Vaccination in Bombay 1889-1901 - 1889-1901
Year: 1889
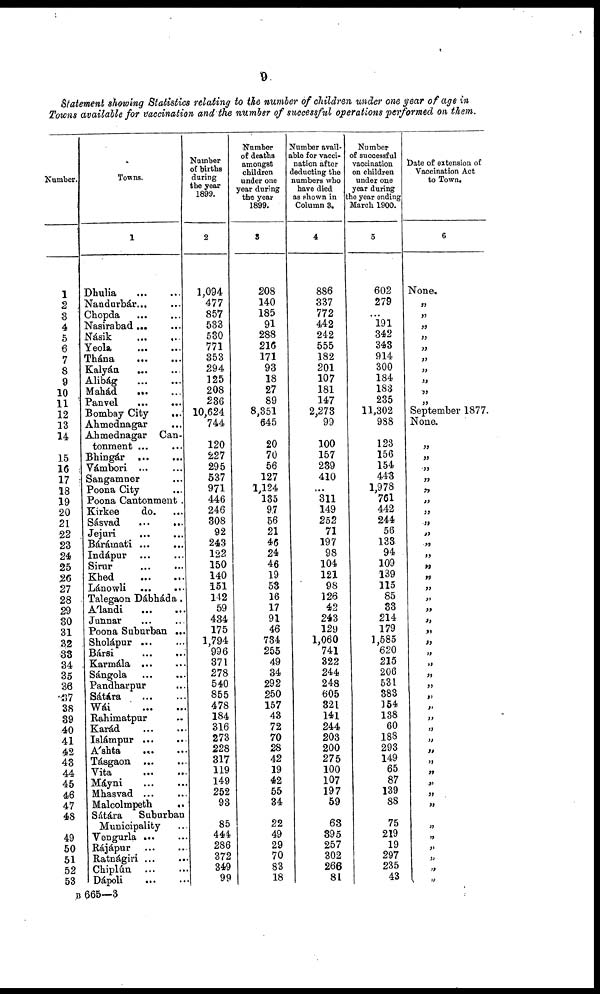
9
Statement showing Statistics relating to the number of children under one year of age in
Towns available for vaccination and the number of successful operations performed on them.
Number.
1
2
3
4
5
6
7
8
9
10
11
12
13
14
15
16
17
18
19
20
21
22
23
24
25
26
27
28
29
30
31
32
33
34
35
36
37
38
39
40
41
42
43
44
45
46
47
48
49
50
51
52
53
Towns.
1
Dhulia
...
...
Nandurbár... ...
Chopda ... ...
Nasirabad ...
Násik
...
...
Yeola ... ...
Thána
...
...
Kalyán ... ...
Alibág ... ...
Mahád ... ...
Panvel
...
...
Bombay City
...
Ahmednagar ...
Ahmednagar Can-
tonment ... ...
Bhingár
...
...
Vámbori ... ...
Sangamner ...
Poona City ...
Poona Cantonment .
Kirkee
do. ...
Sásvad ... ...
Jejuri ... ...
Bárámati ... ...
Indápur ... ...
Sirur ... ...
Khed
...
...
Lánowli ... ...
Talegaon Dábháda .
Álandi
...
...
Junnar ... ...
Poona Suburban ...
Sholápur ... ...
Bársi
...
...
Karmála ... ...
Sángola ... ...
Pandharpur ... ...
Sátára ... ...
Wái
Rahimatpur ...
Karád ...
Islámpur ...
Áshta
...
Tásgaon ... ...
Vita ... ...
Máyni ... ...
Mhasvad ... ...
Malcolmpeth
..
Sátára
Suburban
Municipality ...
Vengurla ... ...
Rájápur
...
Ratnágiri ... ...
Chiplún ... ...
Dápoli ... ...
Number
of births
during
the year
1899.
2
1,094
477
857
533
530
771
353
294
125
208
236
10,624
744
120
227
295
537
971
446
246
308
92
243
122
150
140
151
142
59
434
175
1,794
996
371
278
540
855
478
184
316
273
228
317
119
49
252
93
85
444
286
372
349
99
Number
of deaths
amongst
children
under one
year during
the year
1899.
3
208
140
185
91
288
216
171
93
18
27
89
8,351
545
20
70
56
127
1,124
135
97
56
21
46
24
46
19
53
16
17
91
46
734
255
49
34
292
250
157
43
72
70
28
42
19
42
55
34
22
49
29
70
83
18
Number avail-
able for vacci-
nation after
deducting the
numbers who
have died
as shown in
Column 3.
4
886
337
772
442
242
555
182
201
107
181
147
2,273
99
100
157
239
410
...
311
149
252
71
197
98
104
121
98
126
42
243
129
1,060
741
322
244
248
605
327
141
244
203
200
275
100
107
197
59
63
395
257
302
266
81
Number
of successful
vaccination
on children
under one
year during
the year ending
March 1900.
5
602
279
...
191
342
343
914
300
184
183
235
11,302
988
123
156
154
443
1,978
761
442
244
56
133
94
109
139
115
85
33
214
179
1,585
620
215
206
531
383
154
138
60
188
293
149
65
87
139
88
75
219
19
297
235
43
Date of extension of
Vaccination Act
to Town.
6
None.
„
„
„
„
„
„
„
„
„
„
September 1877.
None
„
„
„
„
„
„
„
„
„
„
„
„
„
„
„
„
„
„
„
„
„
„
„
„
„
„
„
„
„
„
„
„
„
„
„
„
„
„
„
„
B 665—3